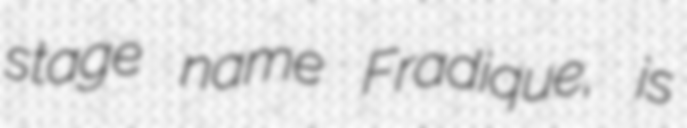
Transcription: stage name Fradique, is